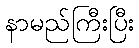
နာမည်ကြီးပြီး